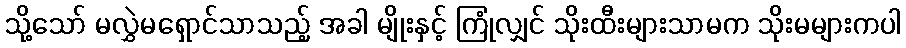
သို့သော် မလွှဲမရှောင်သာသည့် အခါ မျိုးနှင့် ကြုံလျှင် သိုးထီးများသာမက သိုးမများကပါ